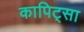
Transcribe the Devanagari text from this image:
कापिट्सा